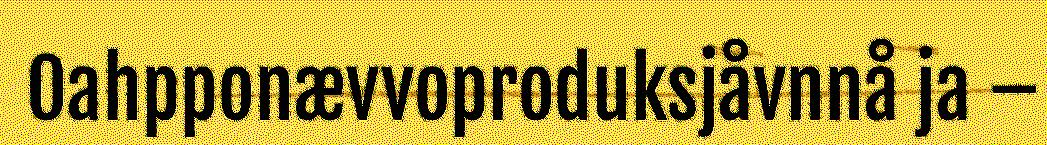
Oahpponævvoproduksjåvnnå ja –